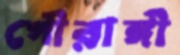
গৌরাঙ্গী